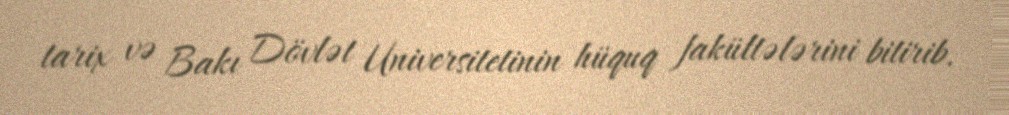
tarix və Bakı Dövlət Universitetinin hüquq fakültələrini bitirib.